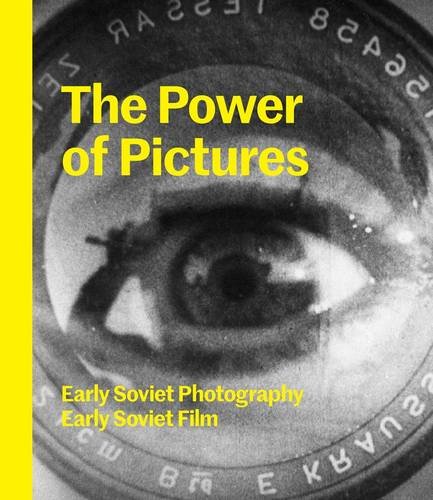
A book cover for The Power of Pictures: Early Soviet Photography, Early Soviet Film; Susan Tumarkin Goodman; Arts & Photography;